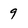
Character: 9